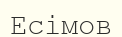
Есімов